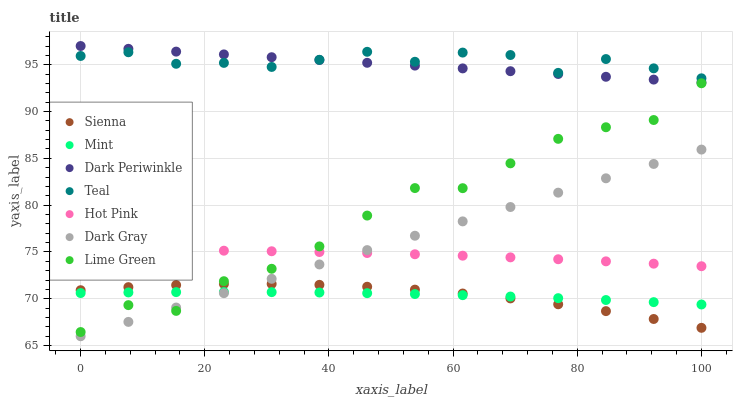
| xaxis_label | Sienna | Mint | Dark Periwinkle | Teal | Hot Pink | Dark Gray | Lime Green |
 | --- | --- | --- | --- | --- | --- | --- | --- |
 | 0 | 70.9 | 70.6 | 97 | 95.9 | 75.2 | 66 | 66.5 |
 | 7.69 | 71.2 | 70.7 | 96.7 | 96.3 | 75.2 | 67.5 | 69.3 |
 | 15.4 | 71.5 | 70.7 | 96.4 | 95.1 | 75.2 | 69.1 | 68.7 |
 | 23.1 | 71.6 | 70.7 | 96.1 | 95.2 | 75.1 | 70.6 | 71.9 |
 | 30.8 | 71.6 | 70.7 | 95.8 | 94.8 | 75.1 | 72.1 | 73.2 |
 | 38.5 | 71.5 | 70.7 | 95.5 | 95.5 | 75 | 73.7 | 75.6 |
 | 46.2 | 71.3 | 70.6 | 95.2 | 96.4 | 74.9 | 75.2 | 78.9 |
 | 53.8 | 71 | 70.5 | 94.9 | 95.3 | 74.8 | 76.7 | 81.8 |
 | 61.5 | 70.6 | 70.4 | 94.6 | 96.3 | 74.6 | 78.3 | 81.8 |
 | 69.2 | 70 | 70.2 | 94.3 | 96 | 74.4 | 79.8 | 84.5 |
 | 76.9 | 69.4 | 70.1 | 94 | 94.1 | 74.2 | 81.3 | 87.1 |
 | 84.6 | 68.7 | 69.9 | 93.7 | 95.6 | 74 | 82.9 | 88.3 |
 | 92.3 | 67.8 | 69.6 | 93.4 | 94.6 | 73.8 | 84.4 | 89.1 |
 | 100 | 66.9 | 69.4 | 93.1 | 93.6 | 73.5 | 85.9 | 93 |